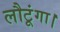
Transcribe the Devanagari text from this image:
लौटूंगा।